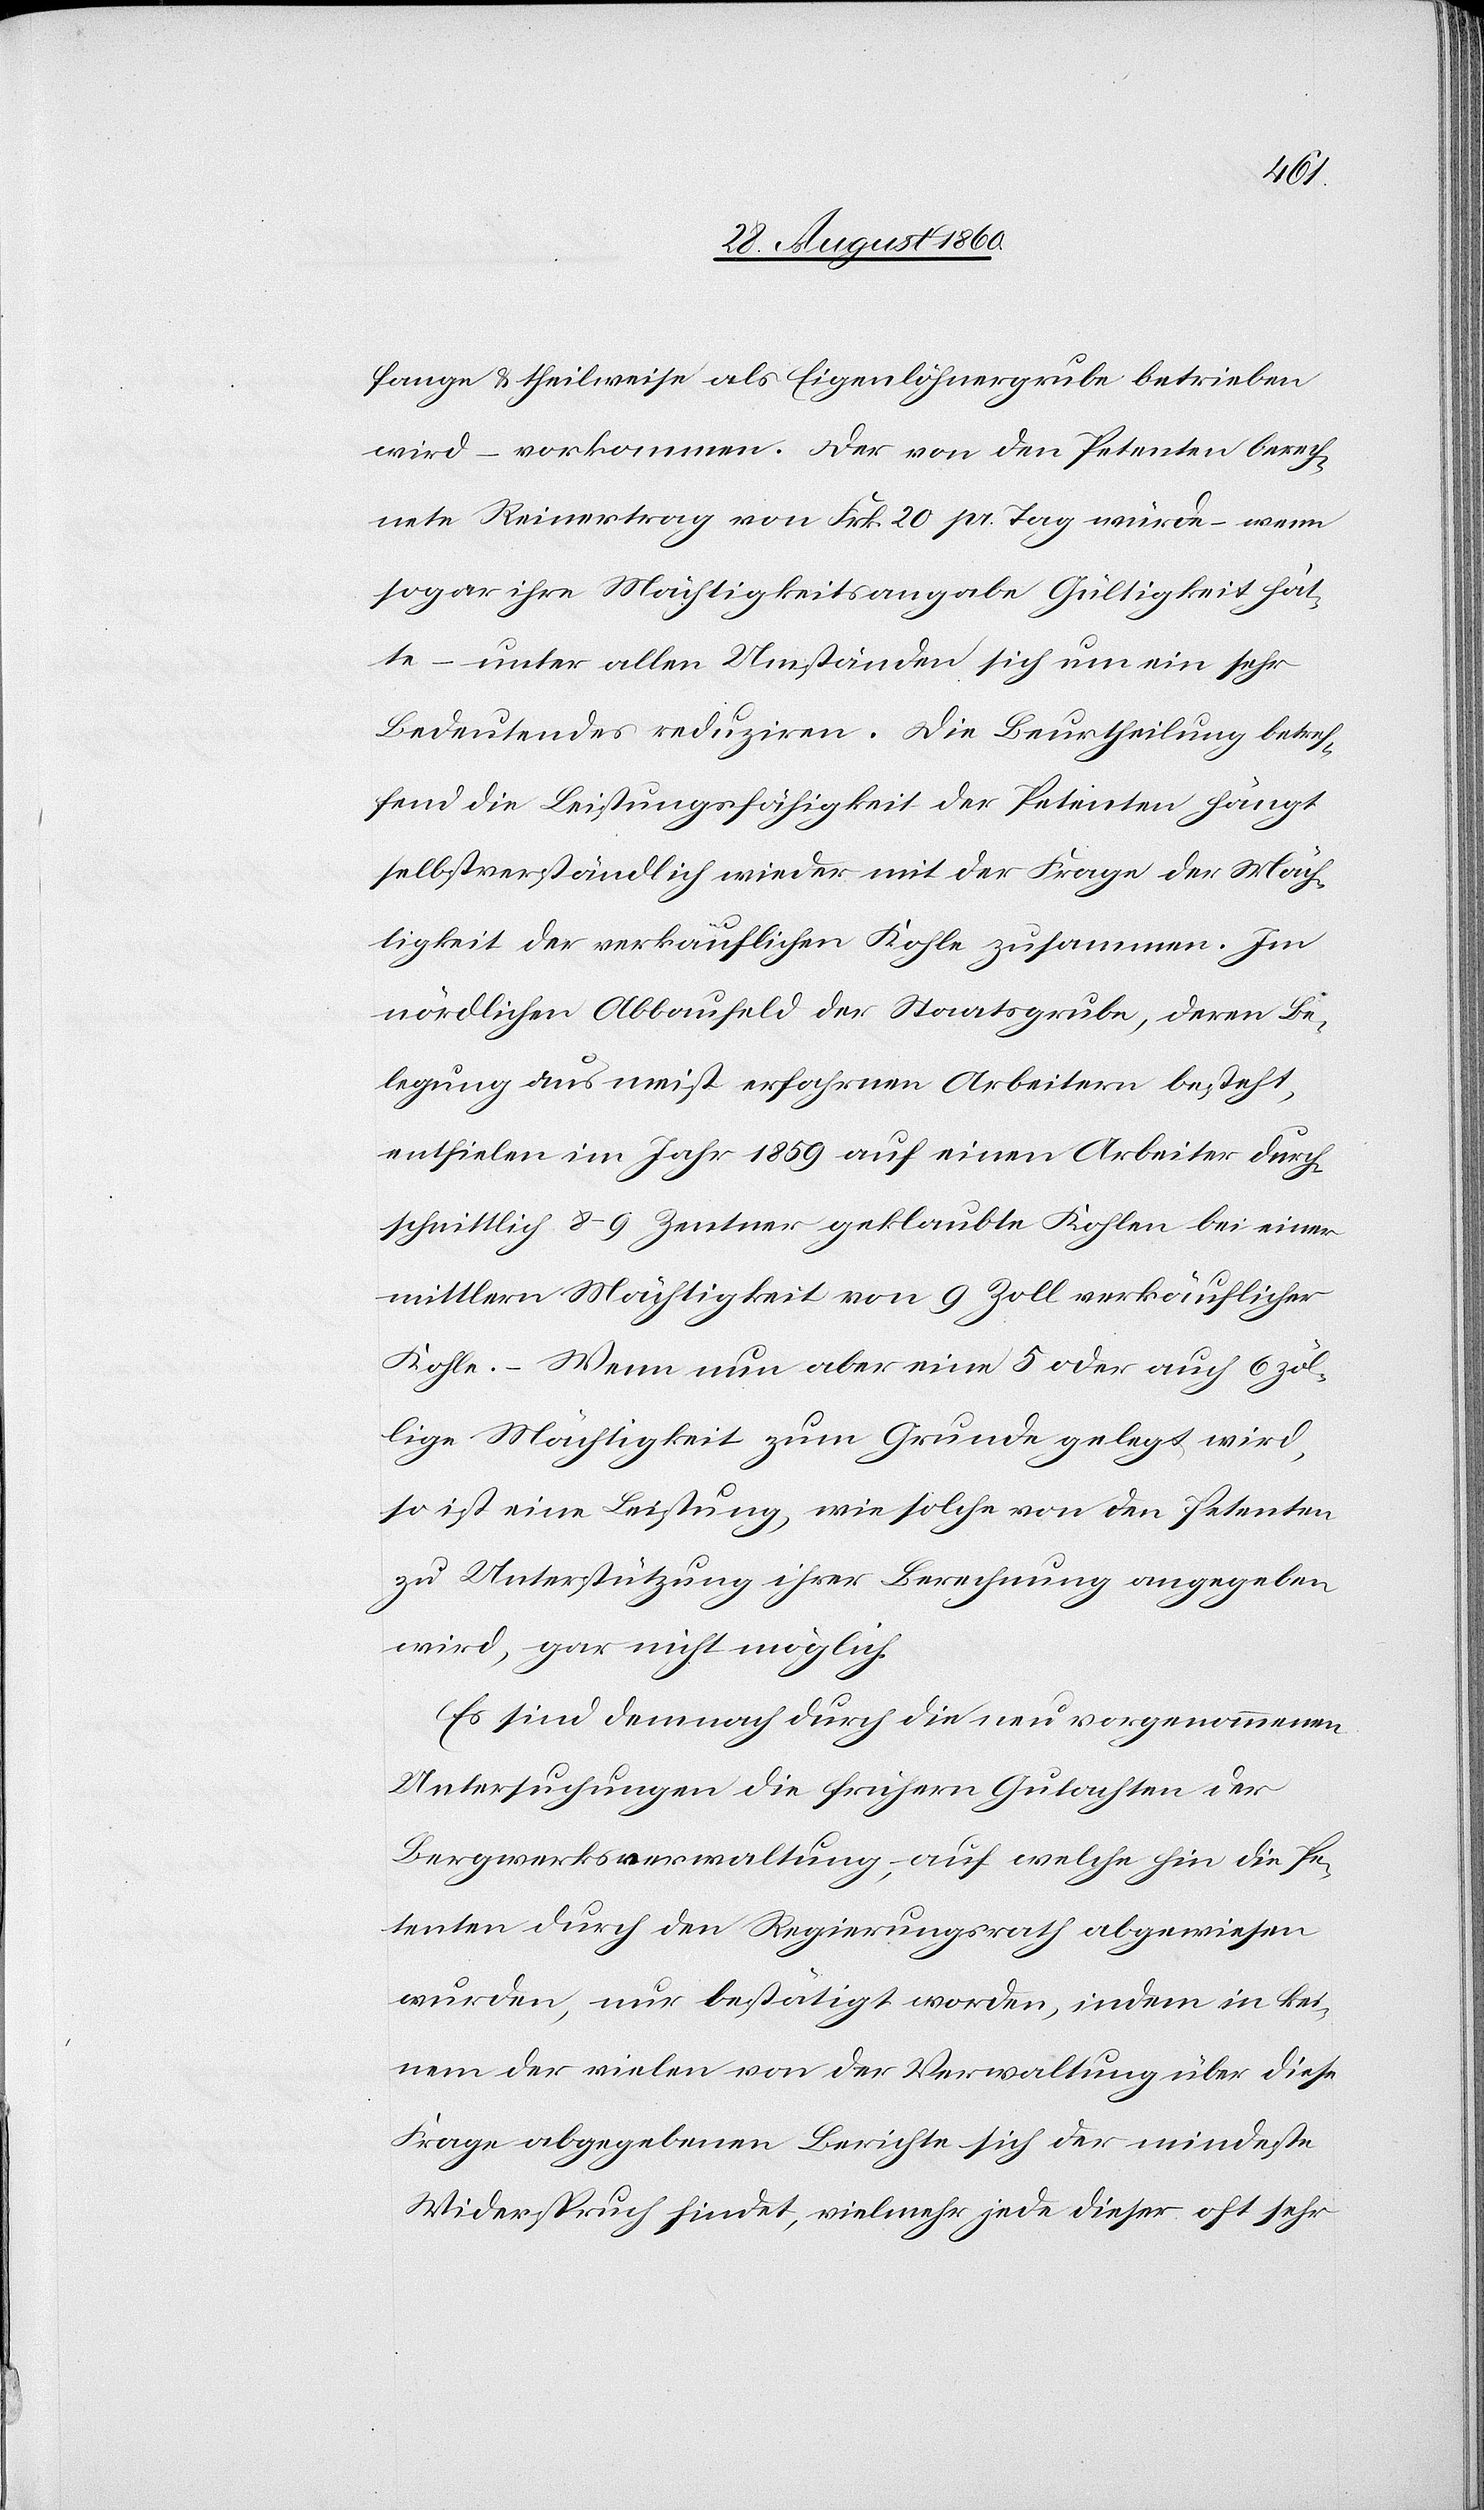
fange u. theilweise als Eigenlöhnergrube betrieben
wird, – vorkommen. Der von den Petenten berech¬
nete Reinertrag von fcs. 20 pr. Tag würde – wenn
sogar ihre Mächtigkeitsangabe Gültigkeit hät¬
te – unter allen Umständen sich um ein sehr
Bedeutendes reduziren. Die Beurtheilung betref¬
fend die Leistungsfähigkeit der Petenten hängt
selbstverständlich wieder mit der Frage der Mäch¬
tigkeit der verkäuflichen Kohle zusammen. Im
nördlichen Abbaufeld der Staatsgrube, deren Be¬
legung aus meist erfahrnen Arbeitern besteht,
entfielen im Jahr 1859 auf einen Arbeiter durch¬
schnittlich 8–9 Centner geklaubte Kohlen bei einer
mittlern Mächtigkeit von 9 Zoll verkäuflicher
Kohle. Wenn nun aber eine 5 oder auch 6 zöl¬
lige Mächtigkeit zum Grunde gelegt wird,
so ist eine Leistung, wie solche von den Petenten
zu Unterstützung ihrer Berechnung angegeben
wird, gar nicht möglich.
Es sind demnach durch die neu vorgenommenen
Untersuchungen die frühern Gutachten der
Bergwerksverwaltung, auf welche hin die Pe¬
tenten durch den Regierungsrath abgewiesen
wurden, nur bestätigt worden, indem in kei¬
nem der vielen von der Verwaltung über diese
Frage abgegebenen Berichte sich der mindeste
Widerspruch findet, vielmehr jede dieser oft sehr